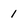
Character: 1